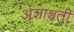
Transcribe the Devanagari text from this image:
अशाश्वती